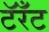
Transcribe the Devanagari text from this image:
टॅरँट